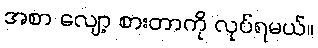
အစာ လျော့ စားတာကို လုပ်ရမယ်။